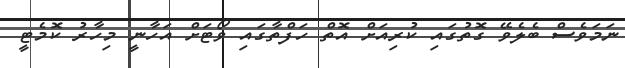
ނަމަވެސް ބެލެވޭ ގޮތުގައި ކުރިއަށް އޮތް ހަފްތާގައި ވޯޓަށް އަހާނީ މިހާރު ކޮމެޓީ